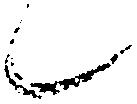
候